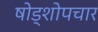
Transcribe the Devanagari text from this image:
षोड्शोपचार